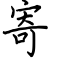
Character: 寄